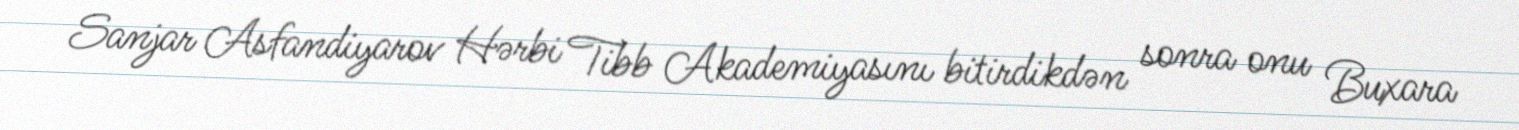
Sanjar Asfandiyarov Hərbi Tibb Akademiyasını bitirdikdən sonra onu Buxara